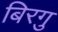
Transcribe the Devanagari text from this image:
बिरगु